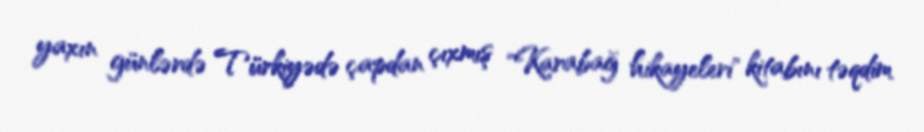
yaxın günlərdə Türkiyədə çapdan çıxmış "Karabağ hikayeleri" kitabını təqdim